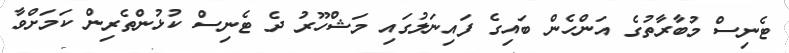
ޓެނިސް މުބާރާތުގެ އަންހެން ބައިގެ ފައިނަލުގައި މަޝްހޫރު ދެ ޓެނިސް ކުޅުންތެރިން ކަމަށްވާ